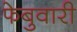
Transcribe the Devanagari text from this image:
फेबुवारी